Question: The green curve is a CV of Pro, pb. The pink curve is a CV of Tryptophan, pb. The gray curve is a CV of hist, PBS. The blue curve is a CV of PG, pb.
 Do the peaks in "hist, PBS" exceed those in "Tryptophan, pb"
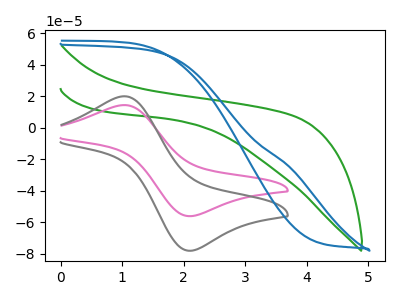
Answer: <think>The green curve "Pro, pb" has no peaks. The pink curve "Tryptophan, pb" has an anodic peak at (1.00V, 14.30uA) and a cathodic peak at (2.15V, -56.20uA). The gray curve "hist, PBS" has an anodic peak at (1.00V, 19.90uA) and a cathodic peak at (2.15V, -78.20uA). The blue curve "PG, pb" has no peaks.</think>
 <answer>Every peak in "hist, PBS" is higher than every peak in "Tryptophan, pb".</answer>
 <eval>higher</eval>